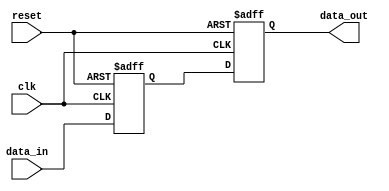
module master_slave_sr_ff (
    input clk,
    input reset,
    input data_in,
    output reg data_out
);

reg master_ff_q;
reg slave_ff_q;

always @(posedge clk or posedge reset)
begin
    if (reset)
    begin
        master_ff_q <= 1'b0;
    end
    else
    begin
        master_ff_q <= data_in;
    end
end

always @(posedge clk or posedge reset)
begin
    if (reset)
    begin
        slave_ff_q <= 1'b0;
    end
    else
    begin
        slave_ff_q <= master_ff_q;
    end
end

assign data_out = slave_ff_q;

endmodule